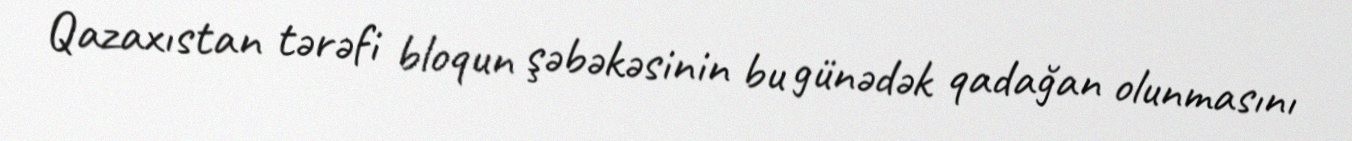
Qazaxıstan tərəfi bloqun şəbəkəsinin bu günədək qadağan olunmasını